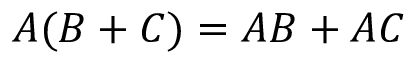
A ( B + C ) = A B + A C